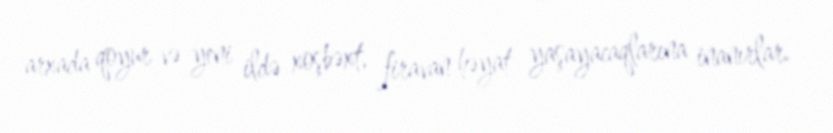
arxada qoyur və yeni ildə xoşbəxt, firavan həyat yaşayacaqlarına inanırlar.